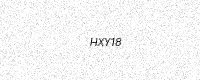
Text: HXY18